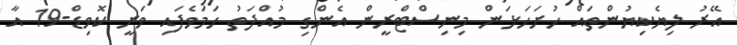
އޭރު ލިޔެކިޔުންތައް ހުށަހަޅަން މިނިސްޓްރީން އެންގި މުއްދަތު ހަމަވެފައި ވަނީ ކޮވިޑް-19 އާ